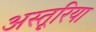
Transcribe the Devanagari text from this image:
अस्तूरिया